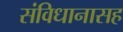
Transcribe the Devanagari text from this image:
संविधानासह